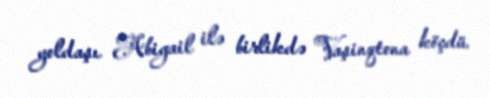
yoldaşı Abigail ilə birlikdə Vaşinqtona köçdü.